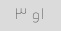
۱و ۳